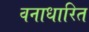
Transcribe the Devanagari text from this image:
वनाधारित